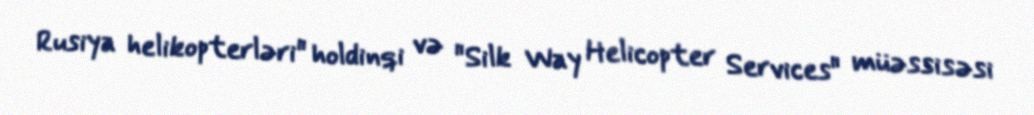
Rusiya helikopterləri" holdinqi və "Silk Way Helicopter Services" müəssisəsi